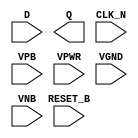
module sky130_fd_sc_lp__dfrtn (
    //# {{data|Data Signals}}
    input  D      ,
    output Q      ,

    //# {{control|Control Signals}}
    input  RESET_B,

    //# {{clocks|Clocking}}
    input  CLK_N  ,

    //# {{power|Power}}
    input  VPB    ,
    input  VPWR   ,
    input  VGND   ,
    input  VNB
);
endmodule